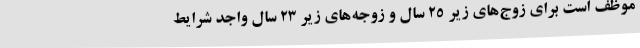
موظف است برای زوج‌های زیر ۲۵ سال و زوجه‌های زیر ۲۳ سال واجد شرایط